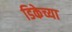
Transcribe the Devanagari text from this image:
डिकेच्या